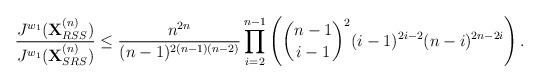
LaTeX: \begin{align*}\frac{ J^{w_1}(\textbf{X}_{RSS}^{(n)})}{ J^{w_1}(\textbf{X}_{SRS}^{(n)})}\leq \frac{n^{2n}}{(n-1)^{2(n-1)(n-2)}}\prod_{i=2}^{n-1}\left(\binom{n-1}{i-1}^2(i-1)^{2i-2}(n-i)^{2n-2i}\right).\end{align*}